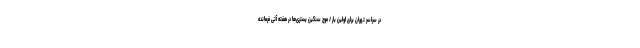
در سراسر تهران برای اولین بار / موج سنگین بستری‌ها در هفته آتی فرمانده